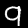
Digit: 9